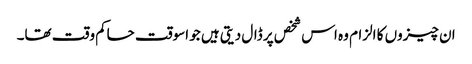
ان چیزوں کا الزام وہ اس شخص پر ڈال دیتی ہیں‌ جو اسوقت حاکم وقت تھا۔